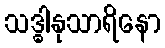
သဒ္ဓါနုသာရိနော